Vaccination report Assam 1896-1927 - 1896-1927
Year: 1896
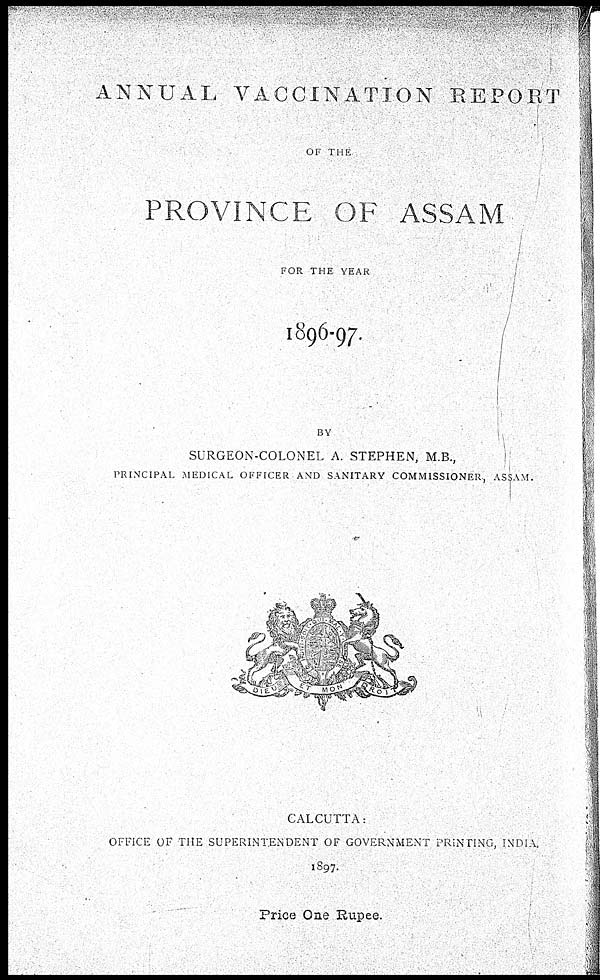
ANNUAL VACCINATION REPORT
OF THE
PROVINCE OF ASSAM
FOR THE YEAR
1896-97.
BY
SURGEON-COLONEL A. STEPHEN, M.B.,
PRINCIPAL MEDICAL OFFICER AND SANITARY COMMISSIONER, ASSAM.
CALCUTTA:
OFFICE OF THE SUPERINTENDENT OF GOVERNMENT PRINTING, INDIA.
1897.
Price One Rupee.